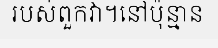
របស់ពួកវា។នៅប៉ុន្មាន